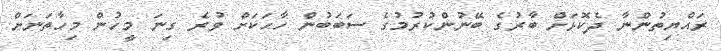
ރައްޔިތުންނާ ދެކޮޅަށް ބާރުގެ ބޭނުންކުރުމުގެ ސަބަބުން ހާހަކަށް ވުރެ ގިނަ މީހުން މިހާތަނަށް